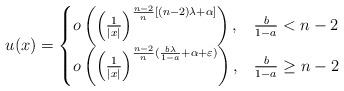
LaTeX: \begin{align*} u(x)= \begin{cases} o\left( \left(\frac{1}{|x|}\right)^{\frac{n-2}{n}[(n-2)\lambda+\alpha]} \right), &\frac{b}{1-a}<n-2\\ o\left( \left(\frac{1}{|x|}\right)^{\frac{n-2}{n} (\frac{b\lambda}{1-a}+\alpha+\varepsilon)} \right), &\frac{b}{1-a}\geq n-2 \end{cases} \end{align*}